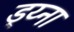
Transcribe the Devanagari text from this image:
ड्य्ना